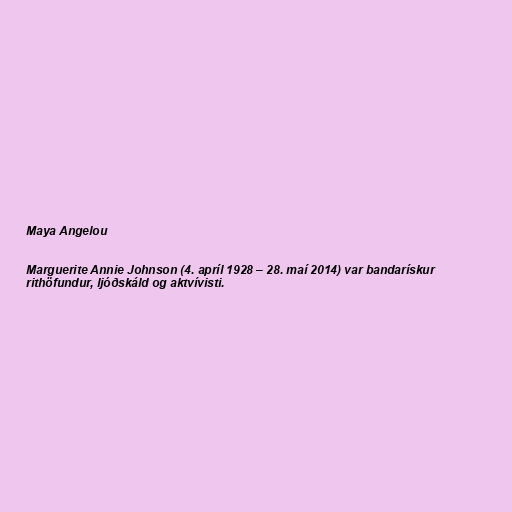
Maya Angelou

Marguerite Annie Johnson (4. apríl 1928 – 28. maí 2014) var bandarískur
rithöfundur, ljóðskáld og aktvívisti.